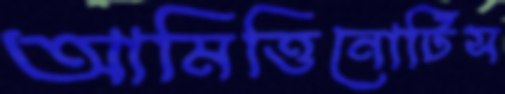
আমিত্তিনোটিস